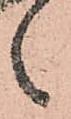
之